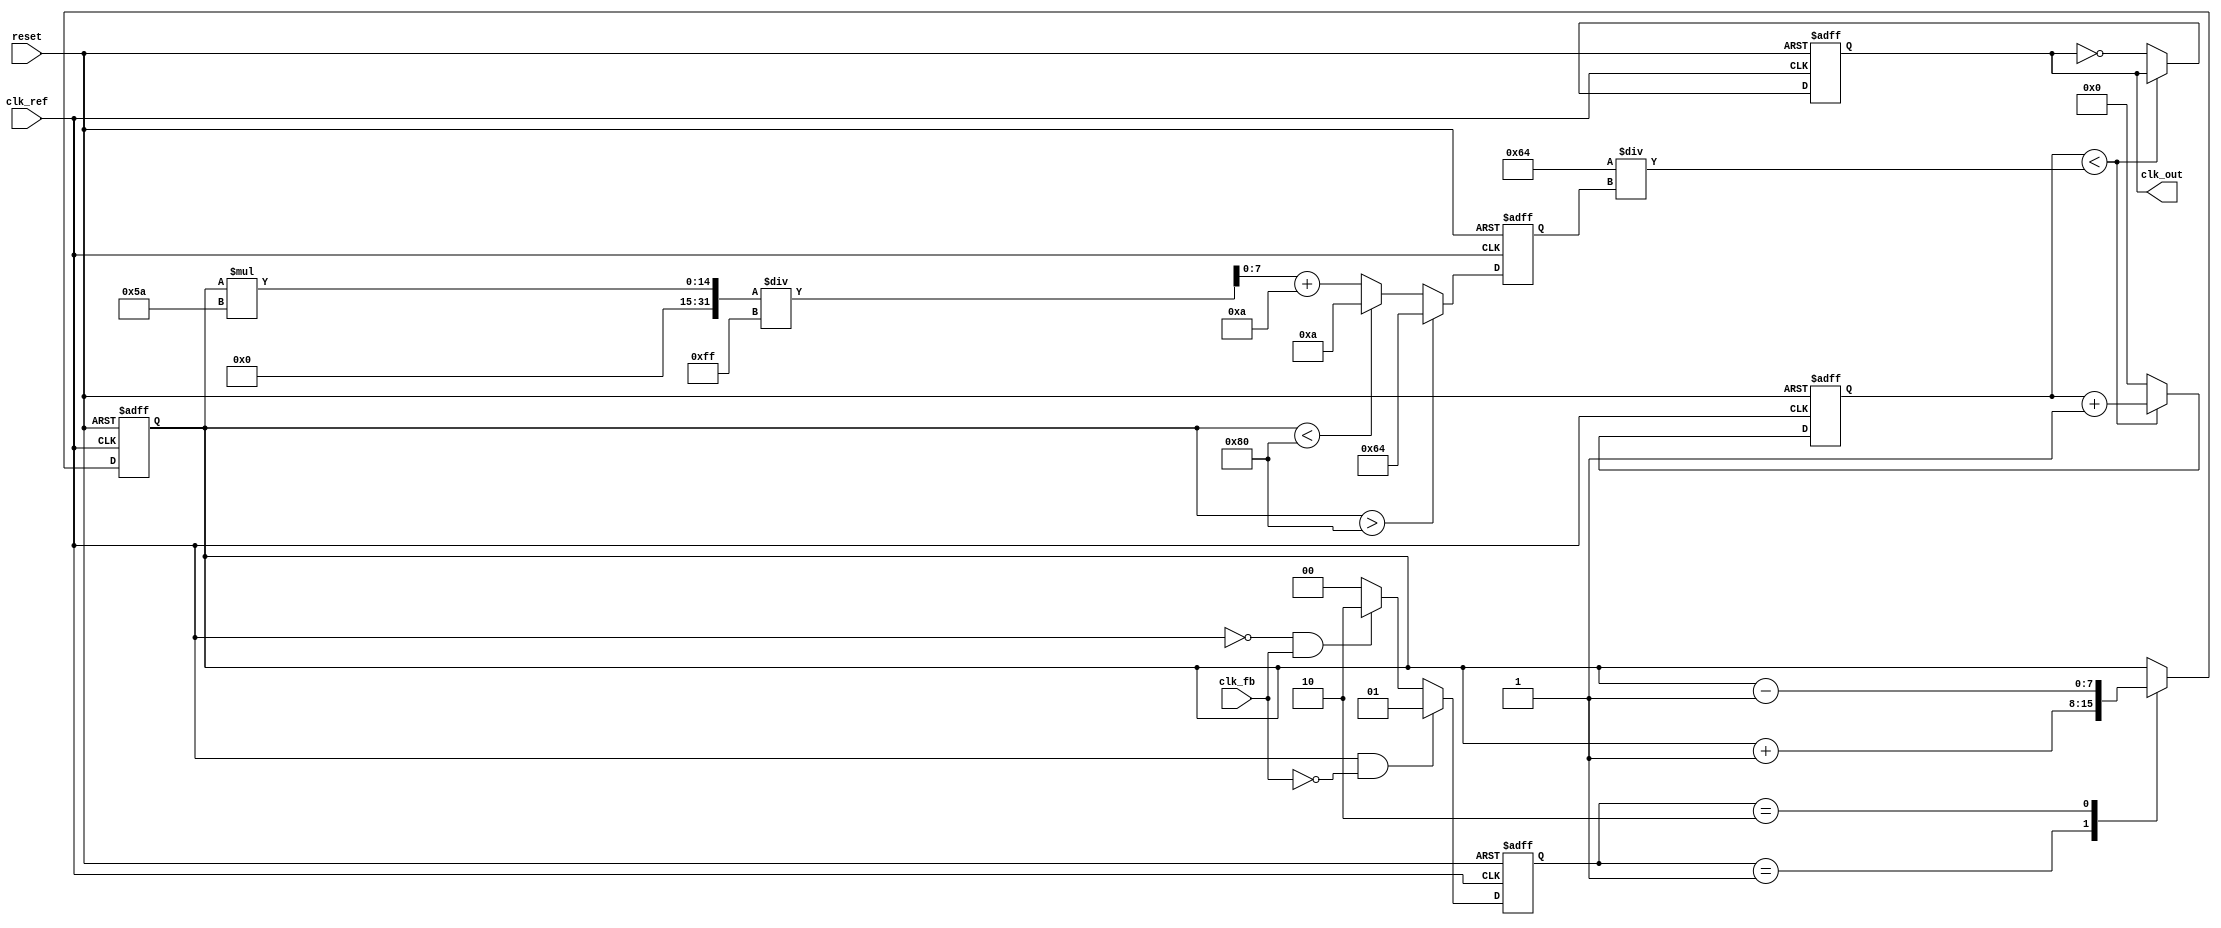
module cp_pll (
    input wire clk_ref,          // Reference clock input
    input wire clk_fb,           // Feedback clock input
    input wire reset,            // Reset signal
    output reg clk_out           // Output clock
);

// Parameters
parameter DIV_RATIO = 4;       // Feedback divider ratio
parameter CP_CURRENT_UP = 1;   // Charge pump current for UP
parameter CP_CURRENT_DOWN = 1;  // Charge pump current for DOWN
parameter VCO_MAX_FREQ = 100;   // Max frequency for VCO
parameter VCO_MIN_FREQ = 10;    // Min frequency for VCO

// Internal signals
reg [1:0] pfd_out;              // PFD output (00: no change, 01: UP, 10: DOWN)
reg [7:0] control_voltage;      // Control voltage for VCO
reg [7:0] vco_freq;             // VCO frequency
reg [3:0] counter;              // Feedback counter

// Phase Frequency Detector (PFD)
always @(posedge clk_ref or posedge reset) begin
    if (reset) begin
        pfd_out <= 2'b00;
    end else begin
        if (clk_ref && !clk_fb) begin
            pfd_out <= 2'b01; // UP
        end else if (!clk_ref && clk_fb) begin
            pfd_out <= 2'b10; // DOWN
        end else begin
            pfd_out <= 2'b00; // No change
        end
    end
end

// Charge Pump
always @(posedge clk_ref or posedge reset) begin
    if (reset) begin
        control_voltage <= 8'b0;
    end else begin
        case (pfd_out)
            2'b01: control_voltage <= control_voltage + CP_CURRENT_UP;   // UP
            2'b10: control_voltage <= control_voltage - CP_CURRENT_DOWN;  // DOWN
            default: control_voltage <= control_voltage;                  // No change
        endcase
    end
end

// Loop Filter (Simple Integrator)
always @(posedge clk_ref or posedge reset) begin
    if (reset) begin
        vco_freq <= VCO_MIN_FREQ; // Initialize VCO frequency
    end else begin
        // Simple loop filter: adjust VCO frequency based on control voltage
        if (control_voltage > 8'd128) begin
            vco_freq <= VCO_MAX_FREQ; // Max frequency
        end else if (control_voltage < 8'd128) begin
            vco_freq <= VCO_MIN_FREQ; // Min frequency
        end else begin
            vco_freq <= (control_voltage * (VCO_MAX_FREQ - VCO_MIN_FREQ) / 8'd255) + VCO_MIN_FREQ;
        end
    end
end

// Voltage-Controlled Oscillator (VCO)
always @(posedge clk_ref or posedge reset) begin
    if (reset) begin
        clk_out <= 0;
        counter <= 0;
    end else begin
        // Generate output clock based on VCO frequency
        if (counter < (100 / vco_freq)) begin
            counter <= counter + 1;
        end else begin
            clk_out <= ~clk_out; // Toggle output clock
            counter <= 0;
        end
    end
end

// Feedback Divider
reg [3:0] div_counter;
always @(posedge clk_out or posedge reset) begin
    if (reset) begin
        div_counter <= 0;
    end else begin
        if (div_counter < DIV_RATIO - 1) begin
            div_counter <= div_counter + 1;
        end else begin
            div_counter <= 0;
            // Feedback logic can be implemented here if needed
        end
    end
end

endmodule